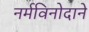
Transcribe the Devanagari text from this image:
नर्मविनोदाने